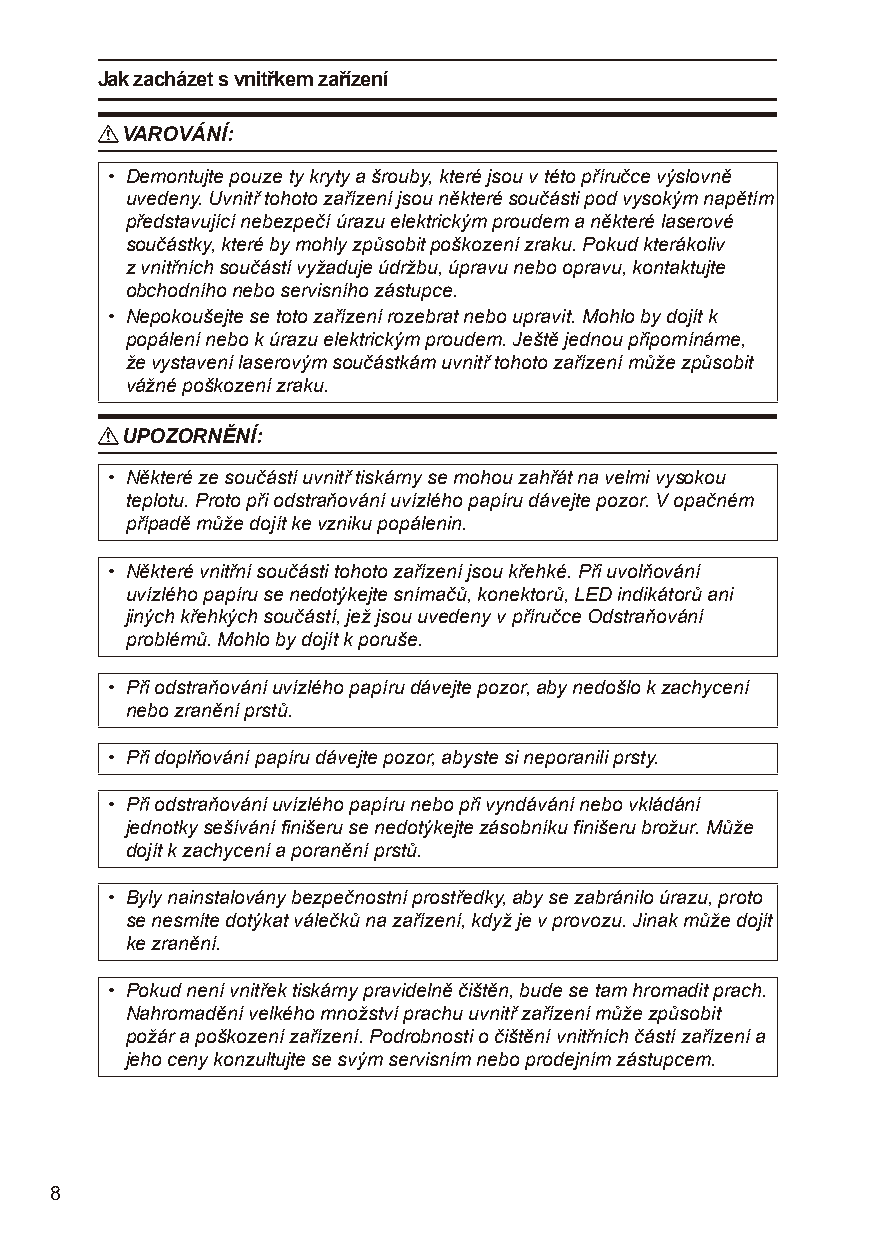
Jak zacházet s vnitřkem zařízení
 R VAROVÁNÍ:
 • Demontujte pouze ty kryty a šrouby, které jsou v této příručce výslovně
 uvedeny. Uvnitř tohoto zařízení jsou některé součásti pod vysokým napětím
 představující nebezpečí úrazu elektrickým proudem a některé laserové
 součástky, které by mohly způsobit poškození zraku. Pokud kterákoliv
 z vnitřních součástí vyžaduje údržbu, úpravu nebo opravu, kontaktujte
 obchodního nebo servisního zástupce.
 • Nepokoušejte se toto zařízení rozebrat nebo upravit. Mohlo by dojít k
 popálení nebo k úrazu elektrickým proudem. Ještě jednou připomínáme,
 že vystavení laserovým součástkám uvnitř tohoto zařízení může způsobit
 vážné poškození zraku.
 R UPOZORNĚNÍ:
 • Některé ze součástí uvnitř tiskárny se mohou zahřát na velmi vysokou
 teplotu. Proto při odstraňování uvízlého papíru dávejte pozor. V opačném
 případě může dojít ke vzniku popálenin.
 • Některé vnitřní součásti tohoto zařízení jsou křehké. Při uvolňování
 uvízlého papíru se nedotýkejte snímačů, konektorů, LED indikátorů ani
 jiných křehkých součástí, jež jsou uvedeny v příručce Odstraňování
 problémů. Mohlo by dojít k poruše.
 • Při odstraňování uvízlého papíru dávejte pozor, aby nedošlo k zachycení
 nebo zranění prstů.
 • Při doplňování papíru dávejte pozor, abyste si neporanili prsty.
 • Při odstraňování uvízlého papíru nebo při vyndávání nebo vkládání
 jednotky sešívání finišeru se nedotýkejte zásobníku finišeru brožur. Může
 dojít k zachycení a poranění prstů.
 • Byly nainstalovány bezpečnostní prostředky, aby se zabránilo úrazu, proto
 se nesmíte dotýkat válečků na zařízení, když je v provozu. Jinak může dojít
 ke zranění.
 • Pokud není vnitřek tiskárny pravidelně čištěn, bude se tam hromadit prach.
 Nahromadění velkého množství prachu uvnitř zařízení může způsobit
 požár a poškození zařízení. Podrobnosti o čištění vnitřních částí zařízení a
 jeho ceny konzultujte se svým servisním nebo prodejním zástupcem.
 8